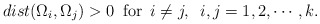
\begin{align*} dist( \Omega_i, \Omega_j)>0 \,\,\, \mbox{for} \,\,\, i \not= j,\,\,\, i, j=1,2,\cdots, k .\end{align*}